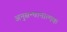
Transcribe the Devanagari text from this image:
अनुसन्धानात्मक